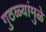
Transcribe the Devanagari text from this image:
गुठळ्यांमुळे